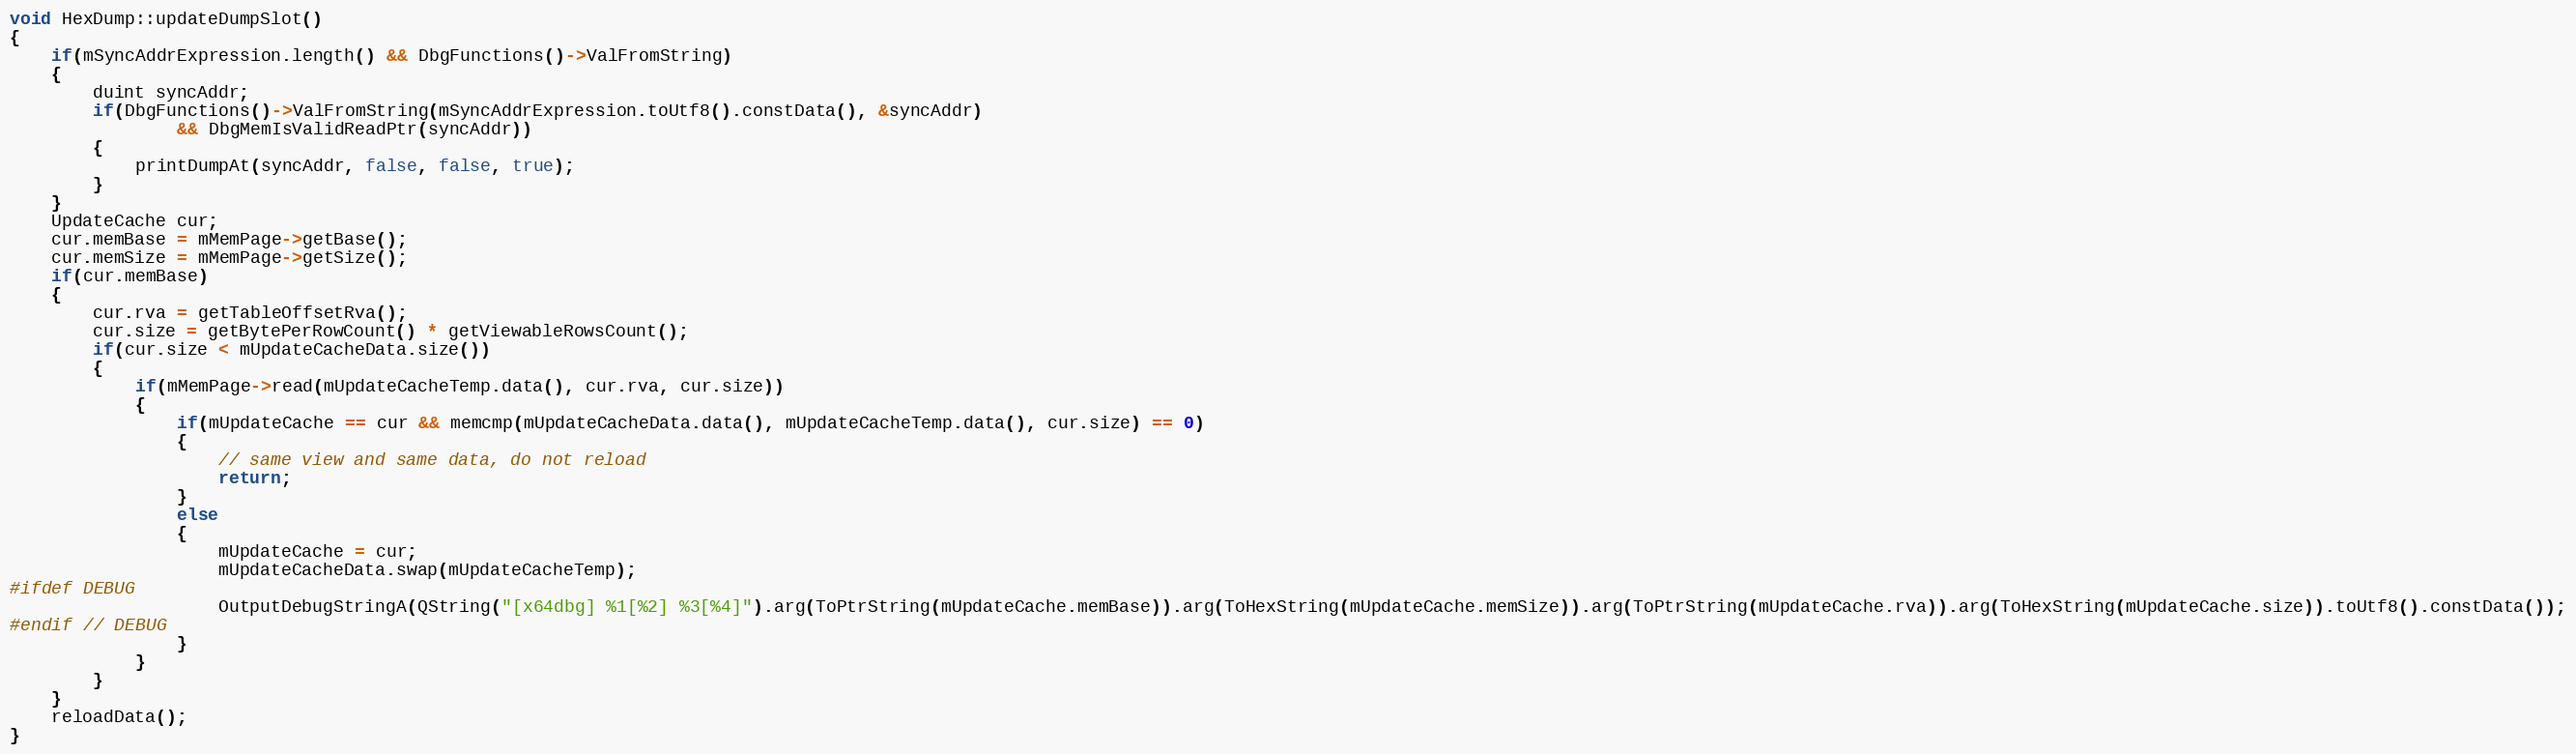
Language: C++
void HexDump::updateDumpSlot()
{
    if(mSyncAddrExpression.length() && DbgFunctions()->ValFromString)
    {
        duint syncAddr;
        if(DbgFunctions()->ValFromString(mSyncAddrExpression.toUtf8().constData(), &syncAddr)
                && DbgMemIsValidReadPtr(syncAddr))
        {
            printDumpAt(syncAddr, false, false, true);
        }
    }
    UpdateCache cur;
    cur.memBase = mMemPage->getBase();
    cur.memSize = mMemPage->getSize();
    if(cur.memBase)
    {
        cur.rva = getTableOffsetRva();
        cur.size = getBytePerRowCount() * getViewableRowsCount();
        if(cur.size < mUpdateCacheData.size())
        {
            if(mMemPage->read(mUpdateCacheTemp.data(), cur.rva, cur.size))
            {
                if(mUpdateCache == cur && memcmp(mUpdateCacheData.data(), mUpdateCacheTemp.data(), cur.size) == 0)
                {
                    // same view and same data, do not reload
                    return;
                }
                else
                {
                    mUpdateCache = cur;
                    mUpdateCacheData.swap(mUpdateCacheTemp);
#ifdef DEBUG
                    OutputDebugStringA(QString("[x64dbg] %1[%2] %3[%4]").arg(ToPtrString(mUpdateCache.memBase)).arg(ToHexString(mUpdateCache.memSize)).arg(ToPtrString(mUpdateCache.rva)).arg(ToHexString(mUpdateCache.size)).toUtf8().constData());
#endif // DEBUG
                }
            }
        }
    }
    reloadData();
}